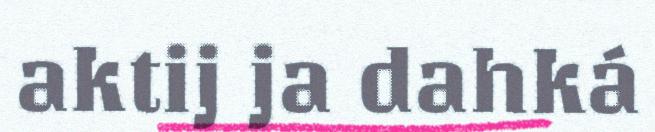
aktij ja dahká